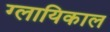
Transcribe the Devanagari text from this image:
ग्लायिकाल